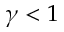
\gamma < 1